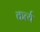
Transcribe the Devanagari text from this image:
कर्त्य